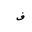
Letter: _fa